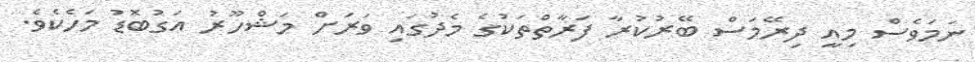
ނަމަވެސް މިއީ ދިރޭމަސް ބޭރުކުރާ ފަރާތްތަކުގެ މެދުގައި ވަރަށް މަޝްހޫރު އަގުބޮޑު މަހެކެވެ.